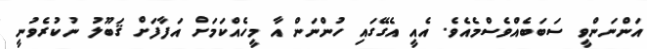
އަންނަންވީ ސަބަބެއްވެސްމެއެވެ. އެއީ އެގޭގައި ހުންނަން އާ މީހެއްކަމަށް އަފާފަށް ޤަބޫލު ނުކުރެވުނީ